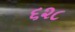
૬૨૮